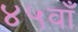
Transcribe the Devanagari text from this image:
४५वाँ